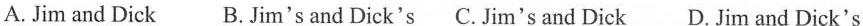
A.Jim and Dick B.Jim's and Dick's C.Jim's and Dick D.Jim and Dick's